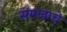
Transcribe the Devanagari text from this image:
समजाचे